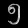
Digit: ၅